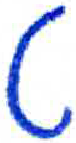
אות: ט